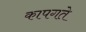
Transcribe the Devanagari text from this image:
कापगते